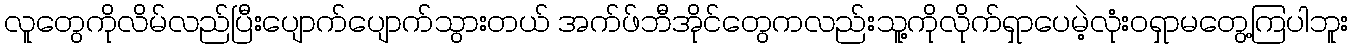
လူတွေကိုလိမ်လည်ပြီးပျောက်ပျောက်သွားတယ် အက်ဖ်ဘီအိုင်တွေကလည်းသူ့ကိုလိုက်ရှာပေမဲ့လုံးဝရှာမတွေ့ကြပါဘူး